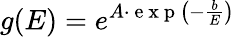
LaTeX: g(E)=e^{A\cdot\mathrm{~e~x~p~}\left(-\frac{b}{E}\right)}